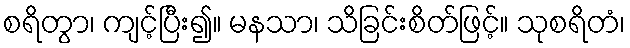
စရိတွာ၊ ကျင့်ပြီး၍။ မနသာ၊ သိခြင်းစိတ်ဖြင့်။ သုစရိတံ၊